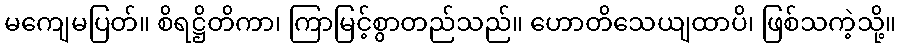
မကျေမပြတ်။ စိရဋ္ဌိတိကာ၊ ကြာမြင့်စွာတည်သည်။ ဟောတိသေယျထာပိ၊ ဖြစ်သကဲ့သို့။